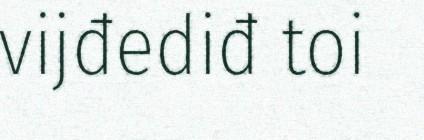
vijđediđ toi